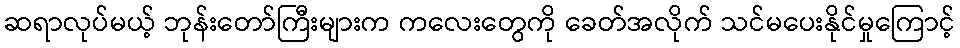
ဆရာလုပ်မယ့် ဘုန်းတော်ကြီးများက ကလေးတွေကို ခေတ်အလိုက် သင်မပေးနိုင်မှုကြောင့်